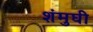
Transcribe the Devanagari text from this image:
शंमुघी